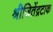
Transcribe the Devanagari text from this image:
श्रीजितेंद्रटाक